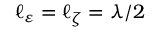
\ell _ { \varepsilon } = \ell _ { \zeta } = \lambda / 2